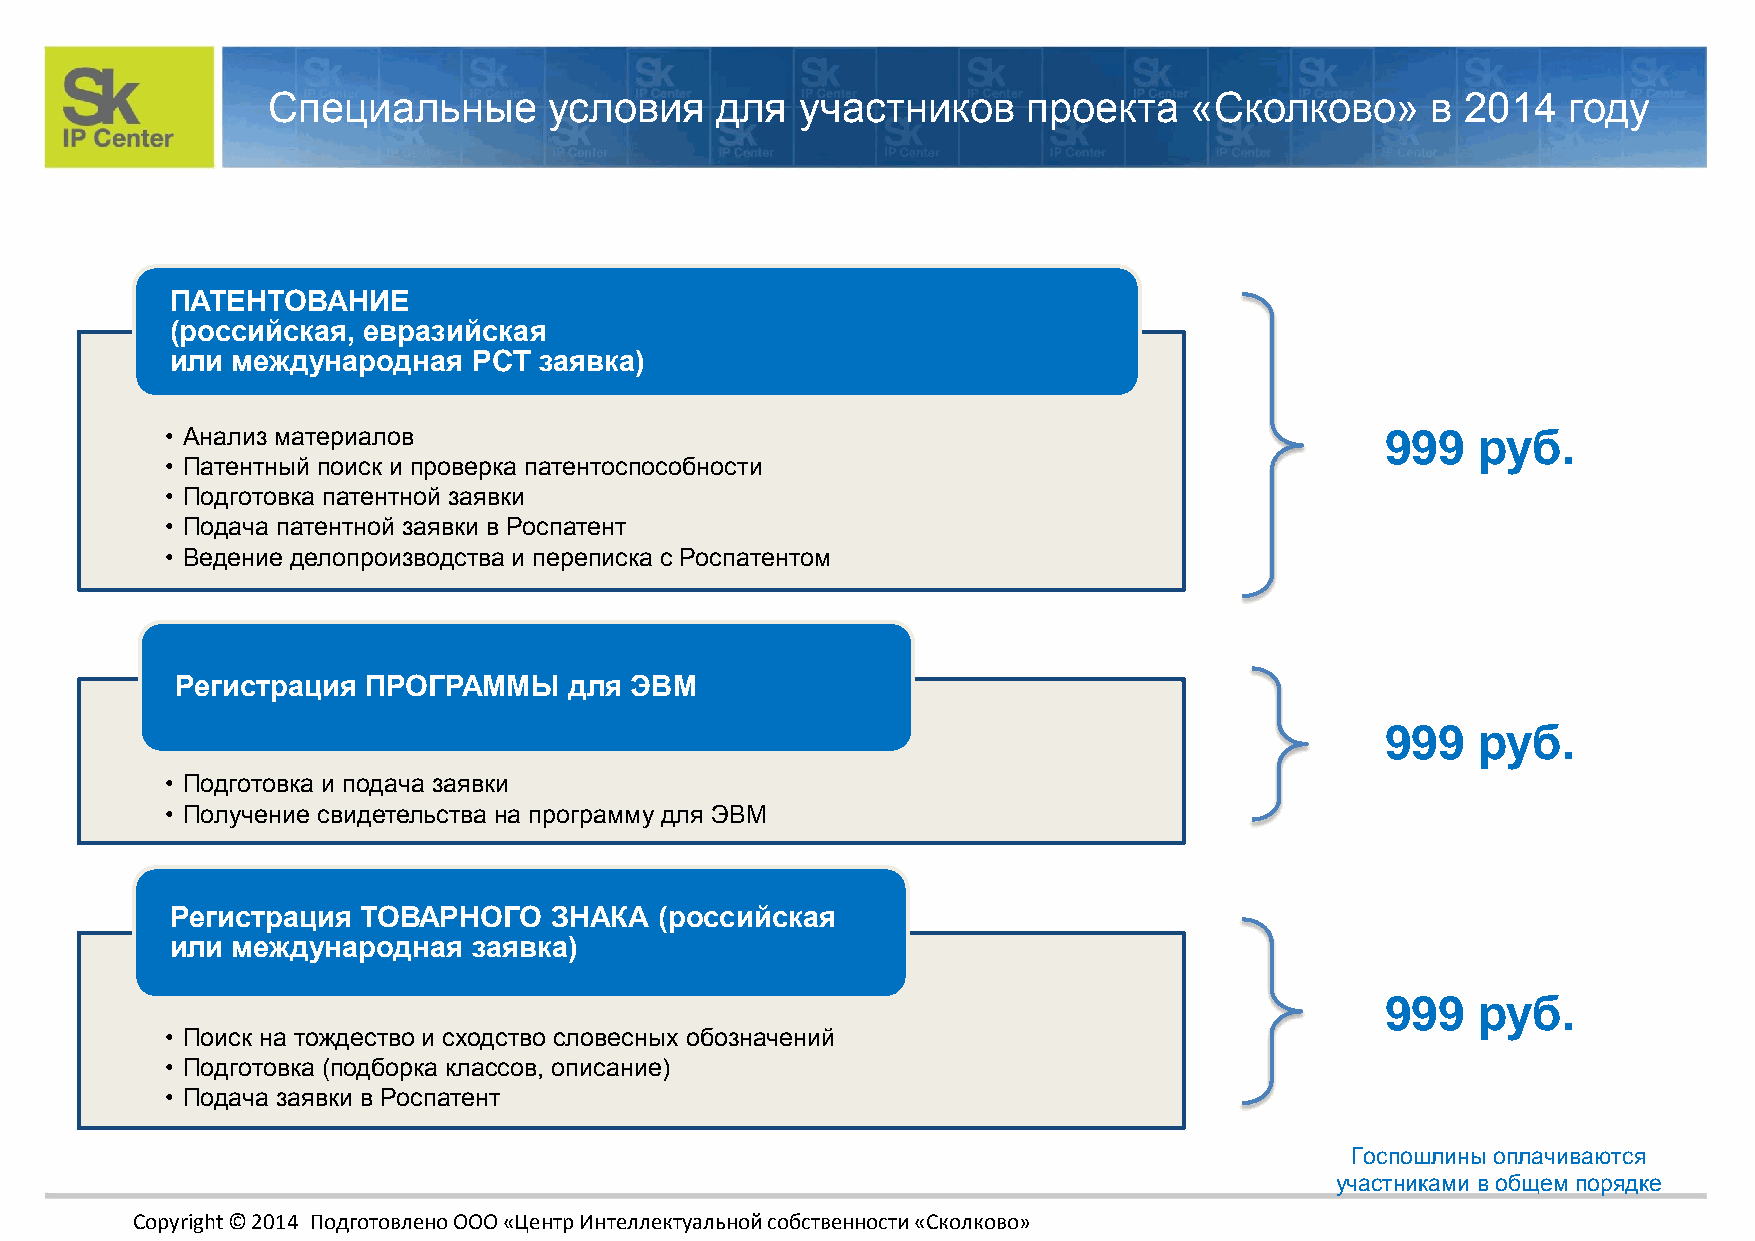
Специальные       условия    для   участников     проекта    «Сколково»      в 2014   году
 ПАТЕНТОВАНИЕ
 (российская, евразийская
 или международная   PCT  заявка)
 • Анализ материалов                                                              999   руб.
 • Патентный поиск и проверка патентоспособности
 • Подготовка патентной заявки
 • Подача патентной заявки в Роспатент
 • Ведение делопроизводства и переписка с Роспатентом
 Регистрация ПРОГРАММЫ     для ЭВМ
 999   руб.
 • Подготовка и подача заявки
 • Получение свидетельства на программу для ЭВМ
 Регистрация  ТОВАРНОГО   ЗНАКА   (российская
 или международная   заявка)
 999   руб.
 • Поиск на тождество и сходство словесных обозначений
 • Подготовка (подборка классов, описание)
 • Подача заявки в Роспатент
 Госпошлины оплачиваются
 участниками в общем порядке
 Copyright © 2014 Подготовлено ООО «Центр Интеллектуальной собственности «Сколково»